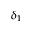
\delta _ { 1 }